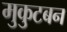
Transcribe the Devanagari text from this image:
मुकुटबन